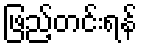
ဖြည့်တင်းရန်